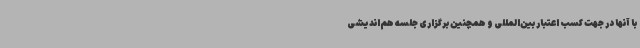
با آنها در جهت کسب اعتبار بین‌المللی و همچنین برگزاری جلسه هم‌اندیشی